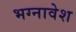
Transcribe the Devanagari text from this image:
भग्नावेश